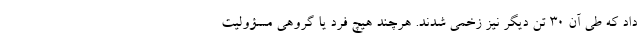
داد که طی آن ۳۰ تن دیگر نیز زخمی شدند. هرچند هیچ فرد یا گروهی مسؤولیت